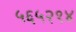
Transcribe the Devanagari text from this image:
५६५२१४